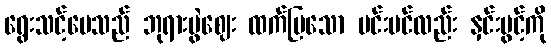
ရွေးသင့်ပေသည် ဘုရားပွဲဈေး ထက်မြသော မင်းမင်လည်း နှင်းပွင့်ကို